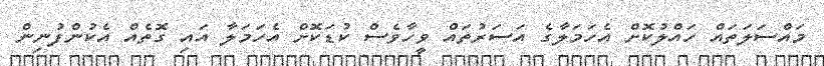
މައްސަލަތައް ހައްލުކޮށް އެހަމަލާގެ އަސަރުތައް ވީހާވެސް ކުޑަކޮށް އެހަމަލާ އައި ގޮތެއް އެކުންފުނިން